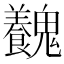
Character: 𩴽